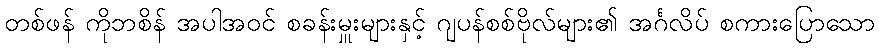
တစ်ဖန် ကိုဘစိန် အပါအဝင် စခန်းမှူးများနှင့် ဂျပန်စစ်ဗိုလ်များ၏ အင်္ဂလိပ် စကားပြောသော